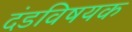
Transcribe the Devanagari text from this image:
दंडविषयक